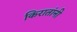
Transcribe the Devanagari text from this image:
किरातांनी